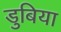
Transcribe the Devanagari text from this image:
डुबिया